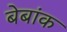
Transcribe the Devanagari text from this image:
बेबांक